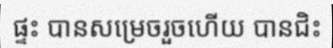
ផ្ទះ បានសម្រេចរួចហើយ បានជិះ